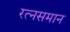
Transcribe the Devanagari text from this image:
रत्नसमान